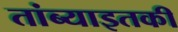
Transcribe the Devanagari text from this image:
तांब्याइतकी